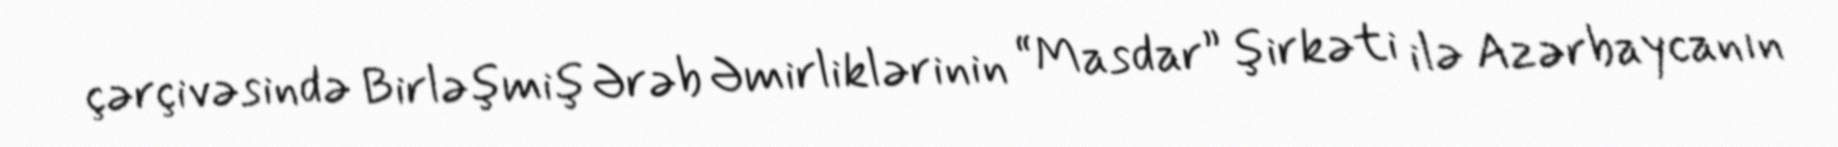
çərçivəsində Birləşmiş Ərəb Əmirliklərinin “Masdar” şirkəti ilə Azərbaycanın